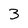
Character: 3